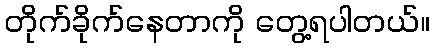
တိုက်ခိုက်နေတာကို တွေ့ရပါတယ်။